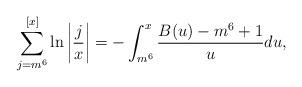
LaTeX: \begin{align*} \sum_{j=m^6}^{[x]}\ln \left|\frac{j}{x}\right|=-\int_{m^6}^{x}\frac{B(u)-m^6+1}{u}du,\end{align*}